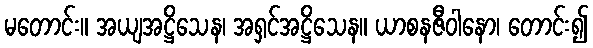
မတောင်း။ အယျအဋ္ဌိသေန၊ အရှင်အဋ္ဌိသေန။ ယာစနဇီဝါနော၊ တောင်း၍